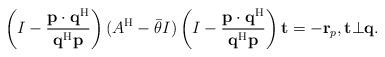
LaTeX: \begin{align*}\left(I-\frac{{\bf p}\cdot{\bf q}^{\rm H}}{{\bf q}^{\rm H}{\bf p}}\right)(A^{\rm H}-\bar{\theta} I)\left(I-\frac{{\bf p}\cdot{\bf q}^{\rm H}}{{\bf q}^{\rm H}{\bf p}}\right){\bf t}=-{\bf r}_p,{\bf t}\bot{\bf q}.\end{align*}